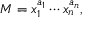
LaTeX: M = x _ { 1 } ^ { a _ { 1 } } \cdots x _ { n } ^ { a _ { n } } ,